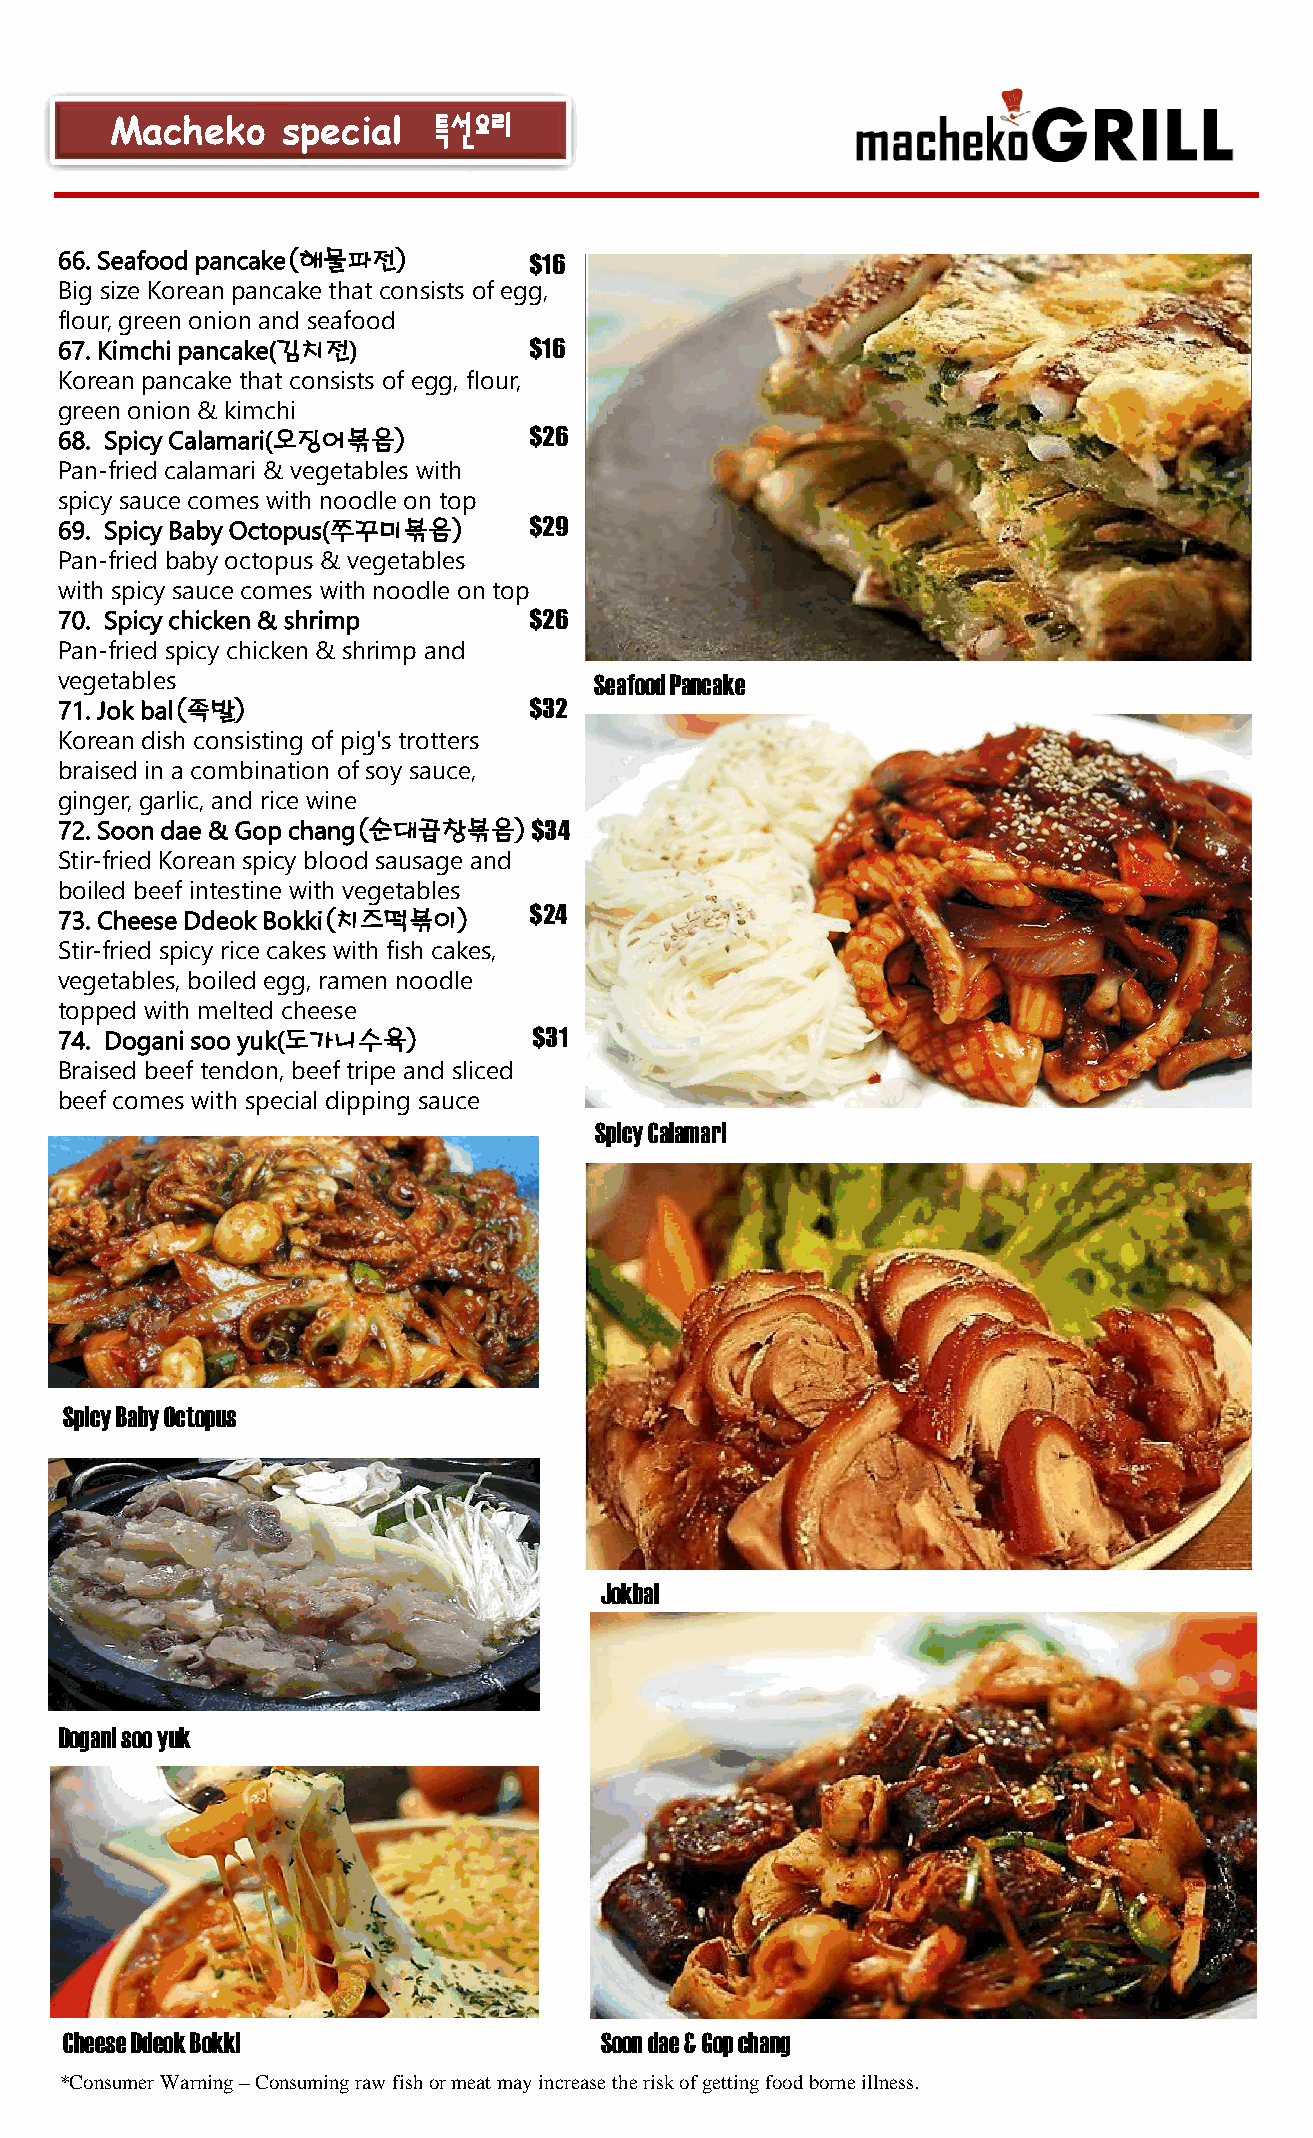
Macheko     special   특선요리
 66. Seafood pancake(해물파전)      $16
 Big size Korean pancake that consists of egg,
 flour, green onion and seafood
 67. Kimchi pancake(김치전)        $16
 Korean pancake that consists of egg, flour,
 green onion & kimchi
 68. Spicy Calamari(오징어볶음)      $26
 Pan-fried calamari & vegetables with
 spicy sauce comes with noodle on top
 69. Spicy Baby Octopus(쭈꾸미볶음)  $29
 Pan-fried baby octopus & vegetables 9
 with spicy sauce comes with noodle on top
 70. Spicy chicken & shrimp     $26
 Pan-fried spicy chicken & shrimp and
 vegetables                         Seafood Pancake
 71. Jokbal(족발)                 $32
 Korean dish consisting of pig's trotters
 braised in a combination of soy sauce,
 ginger, garlic, and rice wine
 72. Soon dae & Gopchang(순대곱창볶음)$34
 Stir-fried Korean spicy blood sausage and
 boiled beef intestine with vegetables
 73. Cheese DdeokBokki(치즈떡볶이)   $24
 Stir-fried spicy rice cakes with fish cakes,
 vegetables, boiled egg, ramen noodle
 topped with melted cheese
 74. Doganisoo yuk(도가니수육)       $31
 Braised beef tendon, beef tripe and sliced
 beef comes with special dipping sauce
 Spicy Calamari
 Spicy Baby Octopus
 Jokbal
 Doganisooyuk
 Cheese DdeokBokki                   Soon dae& Gopchang
 *Consumer Warning –Consuming raw fish or meat may increase the risk of getting food borne illness.